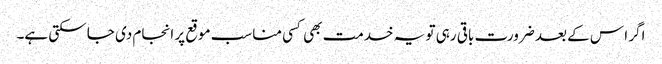
اگر ا س کے بعد ضرورت باقی رہی تو یہ خدمت بھی کسی مناسب موقع پر انجام دی جا سکتی ہے۔